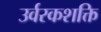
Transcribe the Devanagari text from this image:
उर्वरकशक्ति